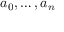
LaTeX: a _ { 0 } , \ldots , a _ { n }